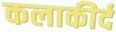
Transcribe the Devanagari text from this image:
कलाकीर्द